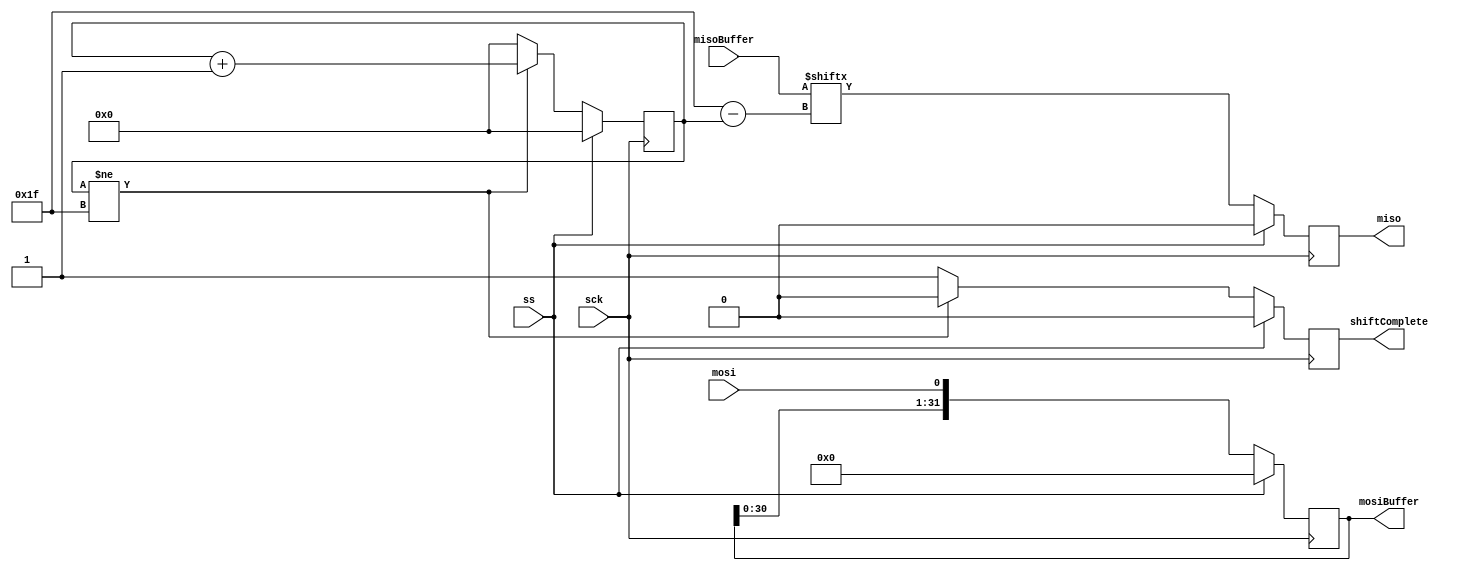
module spi_slave #(parameter BufferSize = 32)(  
    input wire sck,
    input wire ss,
    input wire mosi,  
    output reg [BufferSize - 1:0] mosiBuffer,
    input wire [BufferSize - 1:0] misoBuffer,
    output reg miso,  
    output reg shiftComplete  
);

reg [15:0] bitNumber;

always @(posedge sck)
begin
    if (!ss)
    begin
        mosiBuffer <= { mosiBuffer[BufferSize - 2:0], mosi };
	    
        if (bitNumber != BufferSize - 1)
	begin
            shiftComplete <= 0;
            bitNumber <= bitNumber + 1;
	end
        else
        begin
            shiftComplete <= 1;
            bitNumber <= 0;
	end
    end
    else
    begin
        bitNumber <= 0;
	mosiBuffer <= 0;
        shiftComplete <= 0;
    end
end 
 
always @(negedge sck) 
begin
    miso <= ~ss ? misoBuffer[BufferSize - 1 - bitNumber] : 0;	
end

endmodule